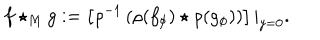
f \star _ { M } g : = \left[ \rho ^ { - 1 } \left( \rho ( f _ { \phi } ) \star \rho ( g _ { \phi } ) \right) \right] | _ { y = 0 } .